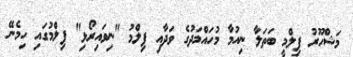
މަޝްހޫރު ފިލްމީ ބަތަލާ ނިއުމާ މުހައްމަދުގެ ވަދާއި ފިލްމު "ނިވައިރޯޅި" ފިލްމުގައި ހިމެނޭ